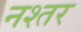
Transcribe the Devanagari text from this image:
नश्तर